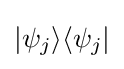
\vert \psi _{j}\rangle \langle \psi _{j}\vert